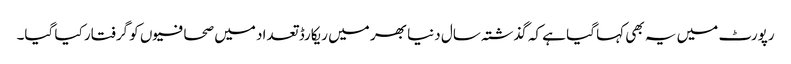
رپورٹ میں یہ بھی کہا گیا ہے کہ گذشتہ سال دنیا بھر میں ریکارڈ تعداد میں صحافیوں کو گرفتار کیا گیا۔